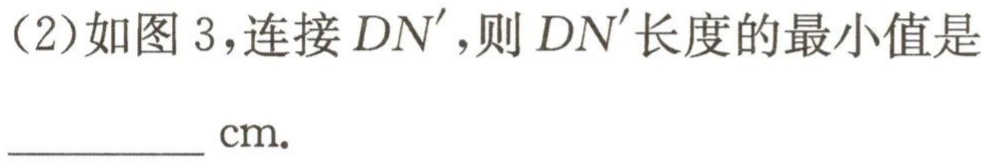
(2)如图 3,连接 \(DN'\),则 \(DN'\)长度的最小值是  __________ cm.